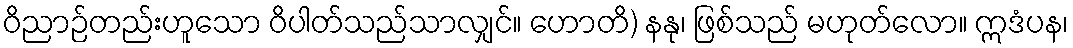
ဝိညာဉ်တည်းဟူသော ဝိပါတ်သည်သာလျှင်။ ဟောတိ) နနု၊ ဖြစ်သည် မဟုတ်လော။ ဣဒံပန၊